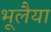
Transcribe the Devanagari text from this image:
भूलैया